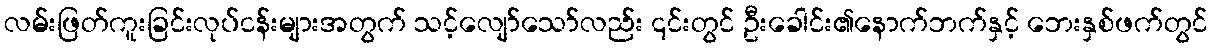
လမ်းဖြတ်ကူးခြင်းလုပ်ငန်းများအတွက် သင့်လျော်သော်လည်း ၎င်းတွင် ဦးခေါင်း၏နောက်ဘက်နှင့် ဘေးနှစ်ဖက်တွင်